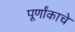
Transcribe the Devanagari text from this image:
पूर्णांकाचे